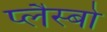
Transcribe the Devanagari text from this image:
प्लैस्बो